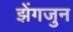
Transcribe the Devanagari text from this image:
झेंगजुन